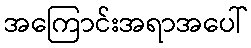
အကြောင်းအရာအပေါ်